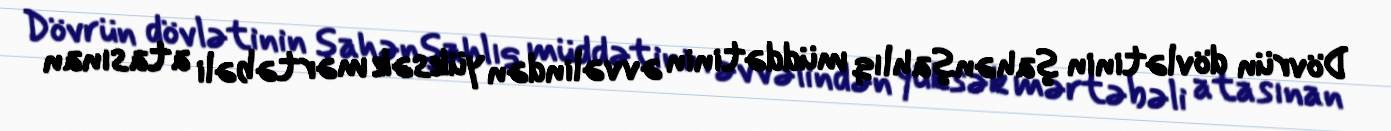
Dövrün dövlətinin şahənşahlıq müddətinin əvvəlindən yüksək mərtəbəli atasınan